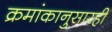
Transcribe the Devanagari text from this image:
क्रमांकानुसारही